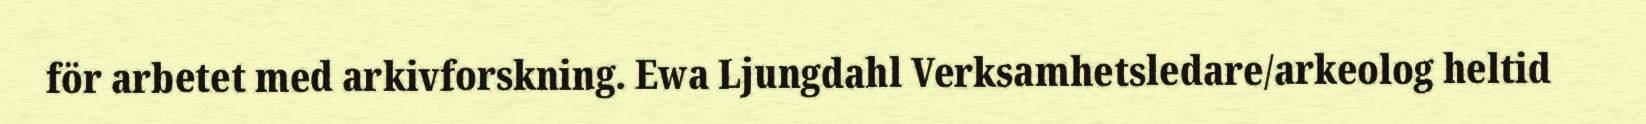
för arbetet med arkivforskning. Ewa Ljungdahl Verksamhetsledare/arkeolog heltid